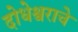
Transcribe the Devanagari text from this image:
दोधेश्वराचे